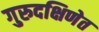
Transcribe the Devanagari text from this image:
गुरुदक्षिणेत